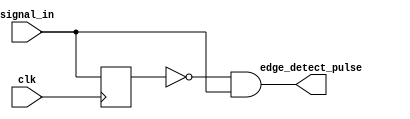
module edge_detector #(
    parameter width = 1
)(
    input clk,
    input [width-1:0] signal_in,
    output [width-1:0] edge_detect_pulse
);

    // This module takes a vector of 1-bit signals as input and outputs a vector of 1-bit signals. For each input signal
    // this module will look for a low to high (0->1) logic transition, and should then output a 1 clock cycle wide pulse
    // for that signal.
    reg [width-1:0] previous_value;

    always @(posedge clk) begin
    	previous_value <= signal_in;
    end

    assign edge_detect_pulse = ~previous_value & signal_in;

endmodule